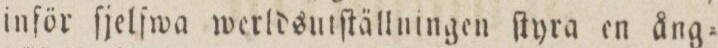
inför ſjelfwa werldsutſtällningen ſtyra en ång=